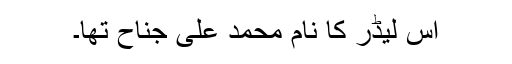
اِس لیڈر کا نام محمد علی جناح تھا۔